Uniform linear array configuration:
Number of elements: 4
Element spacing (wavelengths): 1
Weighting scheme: uniform
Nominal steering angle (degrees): -15
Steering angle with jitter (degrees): -15.743
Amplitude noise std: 0.05
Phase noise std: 0.05

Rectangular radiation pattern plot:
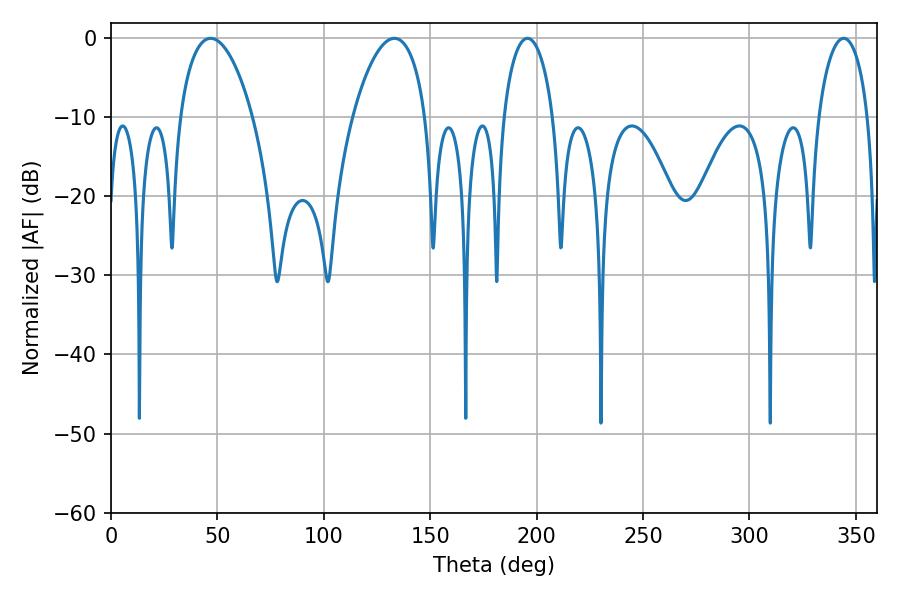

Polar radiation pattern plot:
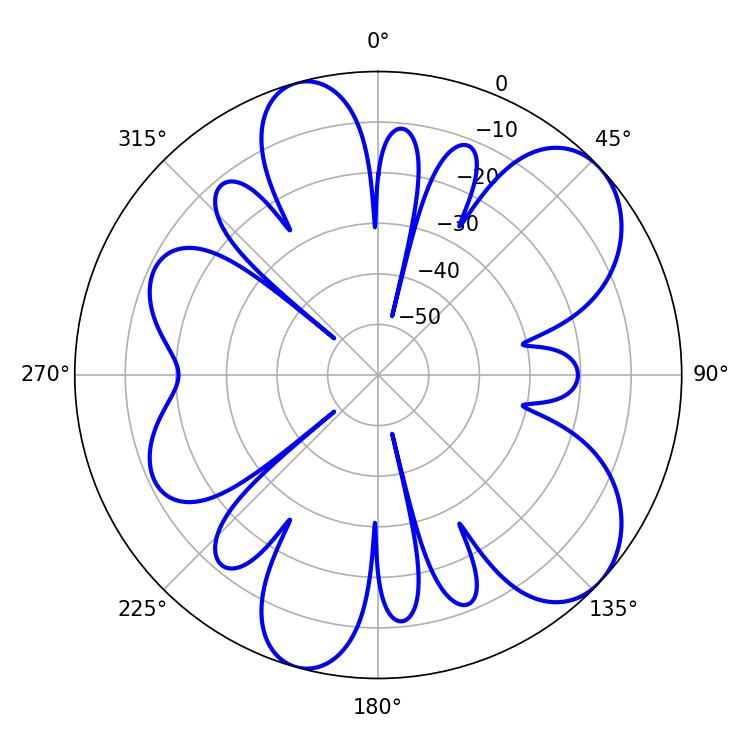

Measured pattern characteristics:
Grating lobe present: TRUE
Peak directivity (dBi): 7.714
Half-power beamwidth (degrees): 19.44
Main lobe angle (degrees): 46.8